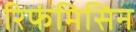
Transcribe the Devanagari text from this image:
रिफंमिसिन